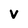
Character: v